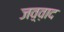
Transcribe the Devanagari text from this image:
जव़्व़ाद